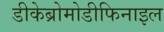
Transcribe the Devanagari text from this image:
डीकेब्रोमोडीफिनाइल